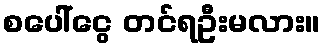
စပေါ်ငွေ တင်ရဦးမလား။